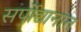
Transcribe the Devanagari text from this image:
सर्पोद्यानात